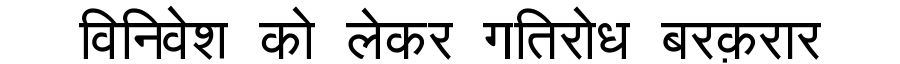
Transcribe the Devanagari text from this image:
विनिवेश को लेकर गतिरोध बरक़रार